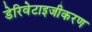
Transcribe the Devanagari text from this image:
डेरिवेटाइजीकरण